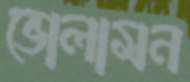
ভোলামন